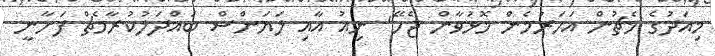
މިއަދުގެ މެޗުން އަހަރުމެން މޮޅުވާން ޖެހޭ" ނިއު އާއި ލަޔަންސް ބައްދަލުކުރާމެޗް ފަށާނީ